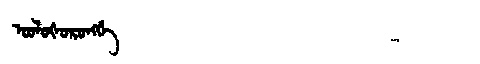
Manchu: ᠣᠣᠯᠣᡧᠣᡵᠣᠩᡤᡝ
Romanization: OOLOŠORONGGE